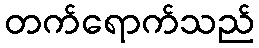
တက်ရောက်သည်